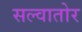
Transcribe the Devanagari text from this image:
सल्वातोर